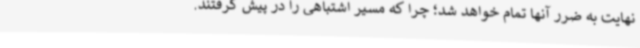
نهایت به ضرر آنها تمام خواهد شد؛ چرا که مسیر اشتباهی را در پیش گرفتند.